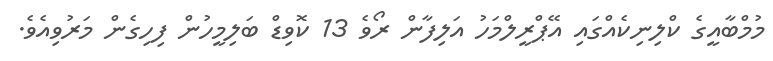
މުމްބާއީގެ ކްލިނިކެއްގައި އޭޕްރީލްމަހު އަލިފާން ރޯވެ 13 ކޮވިޑް ބަލިމީހުން ފިހިގެން މަރުވިއެވެ.